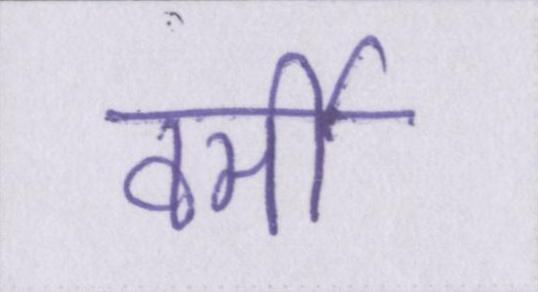
वर्मी